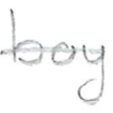
Text: boy
Cross-out: single-line
Writing tool: pencil